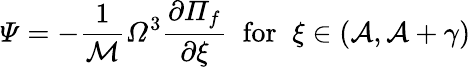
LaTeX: \mathit{\Psi}=-\frac{1}{\mathcal{M}}\mathit{\Omega}^{3}\frac{\partial\mathit{\Pi}_{f}}{\partial\xi}\; \; \mathrm{for}\; \; \xi\in\left(\mathcal{A},\mathcal{A}+\gamma\right)